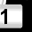
Digit: 1